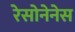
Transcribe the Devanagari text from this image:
रेसोनेनेस